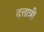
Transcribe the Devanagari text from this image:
दत्तात्री